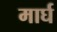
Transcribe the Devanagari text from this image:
मार्घ